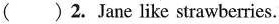
( ) 2. Jane like strawberries.